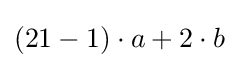
(21-1)\cdot a+2\cdot b